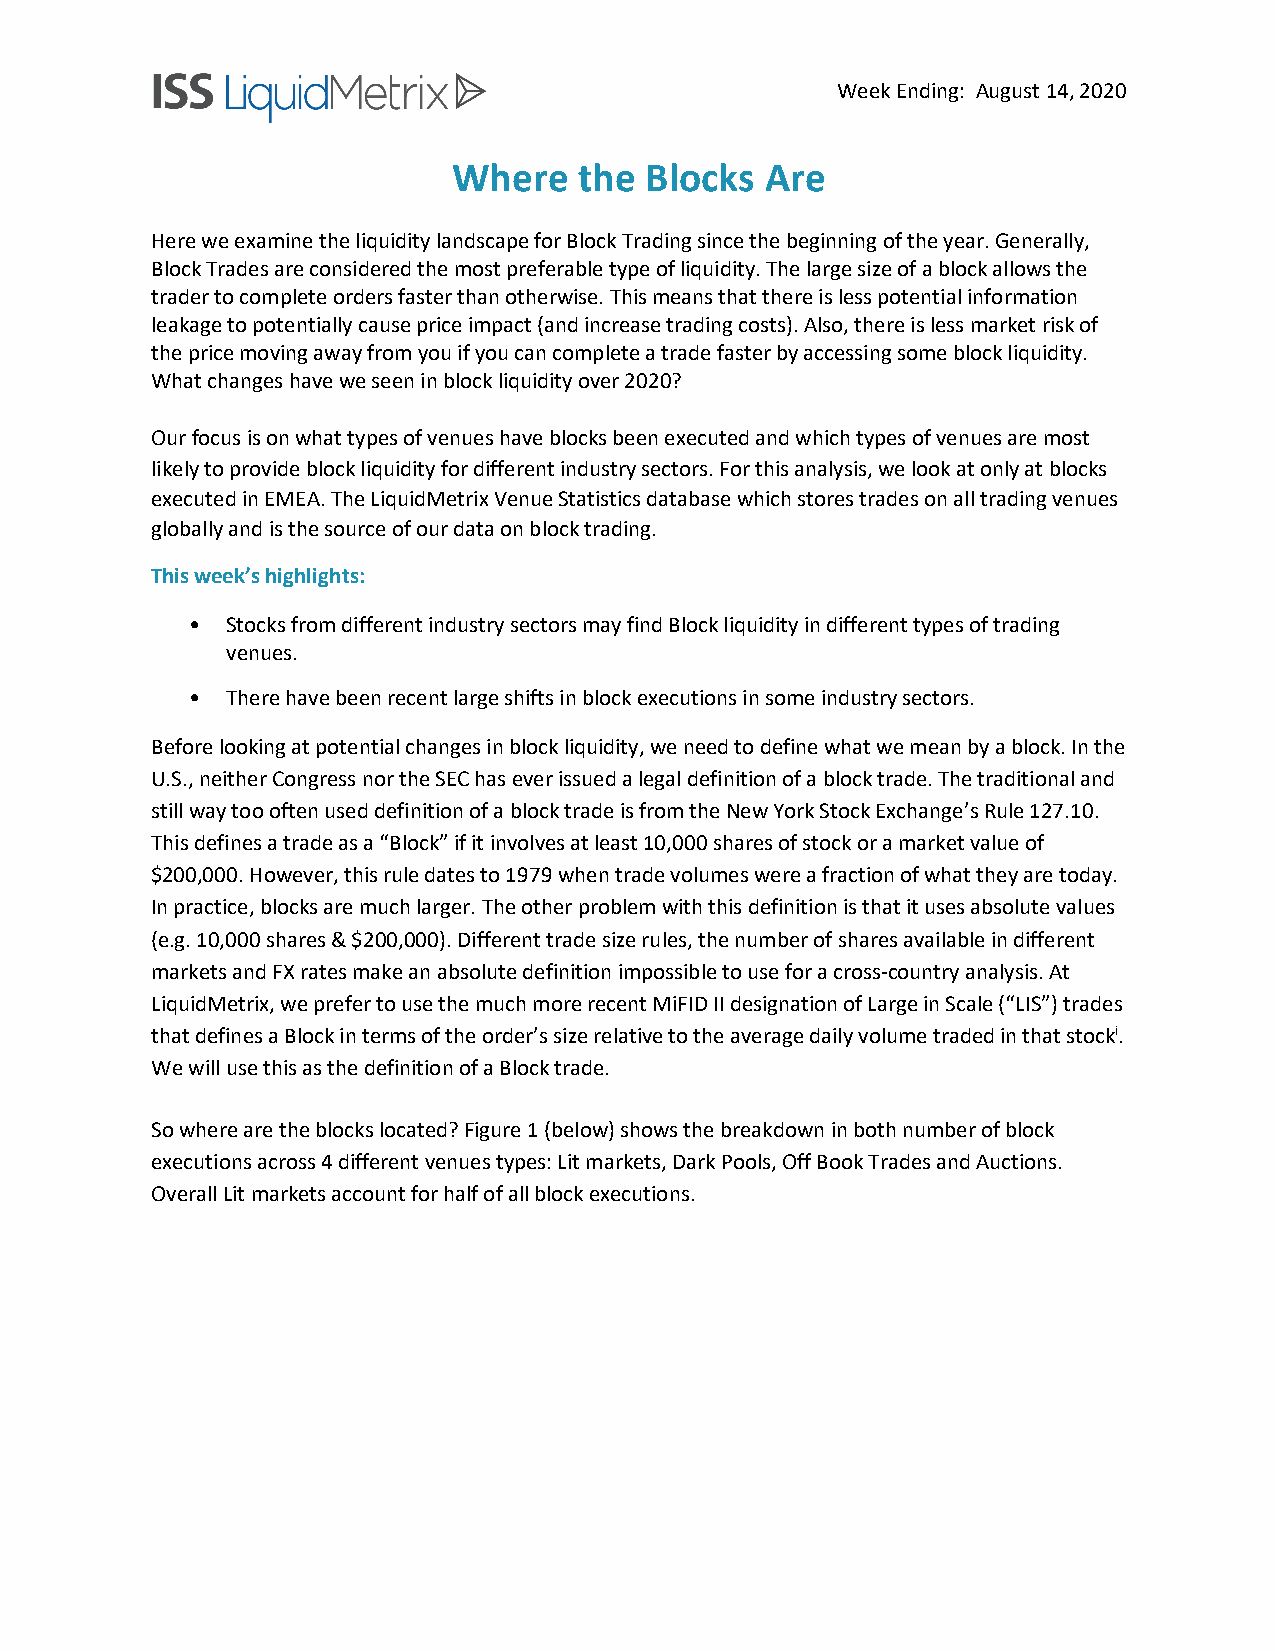
Week Ending: August 14, 2020
 Where   the  Blocks  Are
 Here we examine the liquidity landscape for Block Trading since the beginning of the year. Generally,
 Block Trades are considered the most preferable type of liquidity. The large size of a block allows the
 trader to complete orders faster than otherwise. This means that there is less potential information
 leakage to potentially cause price impact (and increase trading costs). Also, there is less market risk of
 the price moving away from you if you can complete a trade faster by accessing some block liquidity.
 What changes have we seen in block liquidity over 2020?
 Our focus is on what types of venues have blocks been executed and which types of venues are most
 likely to provide block liquidity for different industry sectors. For this analysis, we look at only at blocks
 executed in EMEA. The LiquidMetrix Venue Statistics database which stores trades on all trading venues
 globally and is the source of our data on block trading.
 This week’s highlights:
 •  Stocks from different industry sectors may find Block liquidity in different types of trading
 venues.
 •  There have been recent large shifts in block executions in some industry sectors.
 Before looking at potential changes in block liquidity, we need to define what we mean by a block. In the
 U.S., neither Congress nor the SEC has ever issued a legal definition of a block trade. The traditional and
 still way too often used definition of a block trade is from the New York Stock Exchange’s Rule 127.10.
 This defines a trade as a “Block” if it involves at least 10,000 shares of stock or a market value of
 $200,000. However, this rule dates to 1979 when trade volumes were a fraction of what they are today.
 In practice, blocks are much larger. The other problem with this definition is that it uses absolute values
 (e.g. 10,000 shares & $200,000). Different trade size rules, the number of shares available in different
 markets and FX rates make an absolute definition impossible to use for a cross-country analysis. At
 LiquidMetrix, we prefer to use the much more recent MiFID II designation of Large in Scale (“LIS”) trades
 that defines a Block in terms of the order’s size relative to the average daily volume traded in that stocki.
 We will use this as the definition of a Block trade.
 So where are the blocks located? Figure 1 (below) shows the breakdown in both number of block
 executions across 4 different venues types: Lit markets, Dark Pools, Off Book Trades and Auctions.
 Overall Lit markets account for half of all block executions.